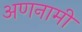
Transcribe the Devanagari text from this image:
अणनामी